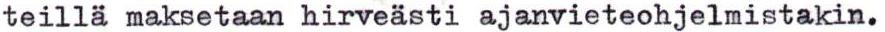
teillä maksetaan hirveästi ajanvieteohjelmistakin.